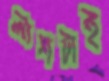
লাশটাই